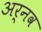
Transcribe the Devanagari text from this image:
अर्नव